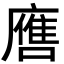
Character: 噟